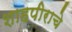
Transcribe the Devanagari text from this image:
शाहपीराचे